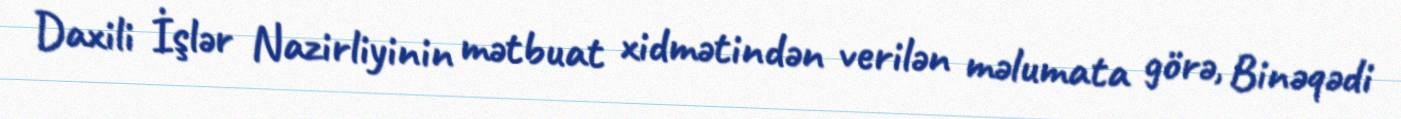
Daxili İşlər Nazirliyinin mətbuat xidmətindən verilən məlumata görə, Binəqədi